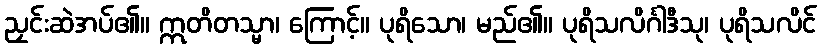
ညှင်းဆဲအပ်၏။ ဣတိတသ္မာ၊ ကြောင့်။ ပုရိသော၊ မည်၏။ ပုရိသလိင်္ဂါဒီသု၊ ပုရိသလိင်